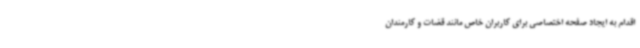
اقدام به ایجاد صفحه اختصاصی برای کاربران خاص مانند قضات و کارمندان